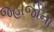
જહાજોના